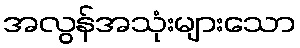
အလွန်အသုံးများသော